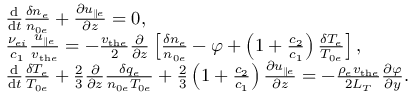
\begin{array} { r l } & { \frac { \mathrm { d } } { \mathrm { d } t } \frac { \delta n _ { e } } { n _ { 0 e } } + \frac { \partial u _ { \parallel e } } { \partial z } = 0 , } \\ & { \frac { \nu _ { e i } } { c _ { 1 } } \frac { u _ { \parallel e } } { v _ { \mathrm { t h } e } } = - \frac { v _ { \mathrm { t h } e } } { 2 } \frac { \partial } { \partial z } \left[ \frac { \delta n _ { e } } { n _ { 0 e } } - \varphi + \left( 1 + \frac { c _ { 2 } } { c _ { 1 } } \right) \frac { \delta T _ { e } } { T _ { 0 e } } \right] , } \\ & { \frac { \mathrm { d } } { \mathrm { d } t } \frac { \delta T _ { e } } { T _ { 0 e } } + \frac { 2 } { 3 } \frac { \partial } { \partial z } \frac { \delta q _ { e } } { n _ { 0 e } T _ { 0 e } } + \frac { 2 } { 3 } \left( 1 + \frac { c _ { 2 } } { c _ { 1 } } \right) \frac { \partial u _ { \parallel e } } { \partial z } = - \frac { \rho _ { e } v _ { \mathrm { t h } e } } { 2 L _ { T } } \frac { \partial \varphi } { \partial y } . } \end{array}